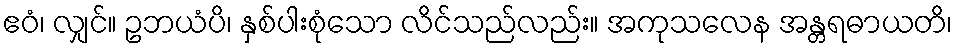
ဧဝံ၊ လျှင်။ ဥဘယံပိ၊ နှစ်ပါးစုံသော လိင်သည်လည်း။ အကုသလေန အန္တရဓာယတိ၊